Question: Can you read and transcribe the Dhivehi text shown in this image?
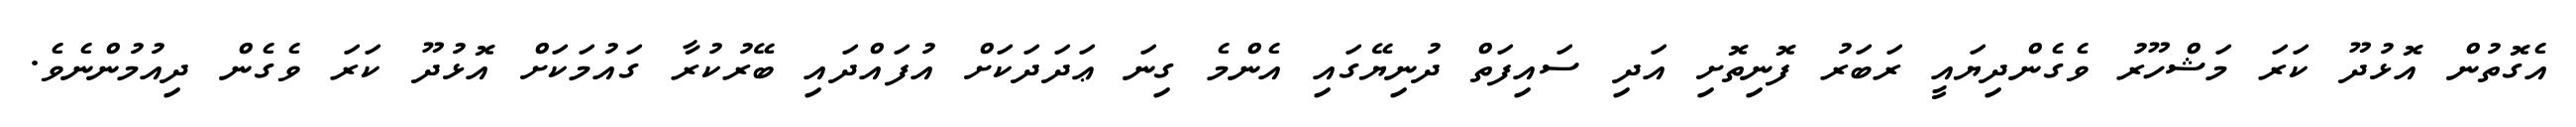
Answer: އެގޮތުން އޮޅުދޫ ކަރަ މަޝްހޫރު ވެގެންދިޔައީ ރަބަރު ފޮނިތޮށި އަދި ސައިފަތް ދުނިޔޭގައި އެންމެ ގިނަ ޢަދަދަކަށް އުފައްދައި ބޭރުކުރާ ގައުމަކަށް އޮޅުދޫ ކަރަ ވެގެން ދިއުމުންނެވެ.